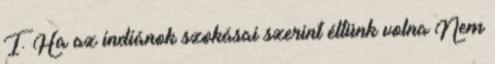
I. Ha az indiánok szokásai szerint éltünk volna Nem